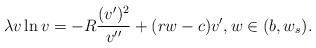
LaTeX: \begin{align*}\lambda v\ln v=-R\frac{(v')^2}{v''}+(rw-c)v', w\in(b,w_s).\end{align*}